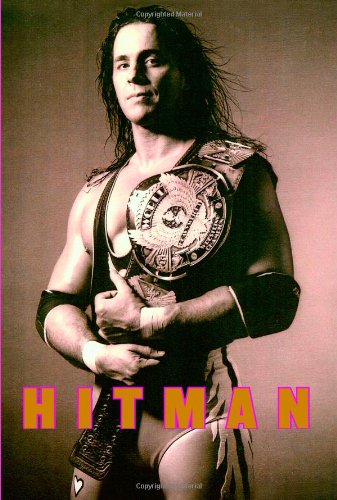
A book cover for Hitman: My Real Life in the Cartoon World of Wrestling; Bret Hart; Biographies & Memoirs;